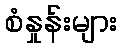
စံနှုန်းများ